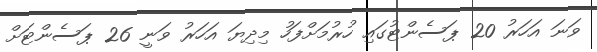
ވަނަ އަހަރު 20 ޕަސެންޓުގައި ހުރުމަށްފަހު މިދިޔަ އަހަރު ވަނީ 26 ޕަސެންޓަށް